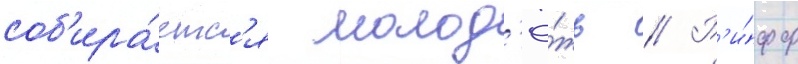
соб'ира́етс'я молод'ё́жь // Р'и́фф